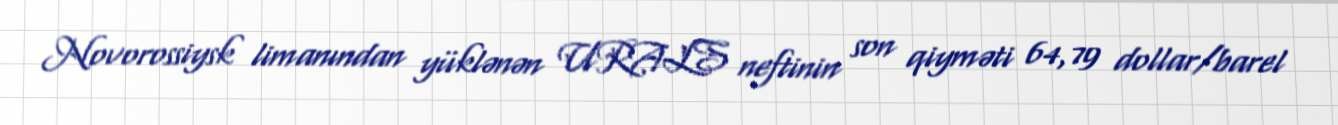
Novorossiysk limanından yüklənən URALS neftinin son qiyməti 64,79 dollar/barel